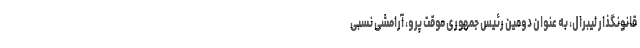
قانونگذار لیبرال، به عنوان دومین رئیس جمهوری موقت پرو، آرامشی نسبی